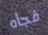
فجأه